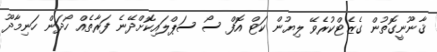
ޤާނޫނީގޮތުން ގެޒެޓްކުރެވޭ ލިޔުން ކަޓް އޮފް ސޯ ސަޕްލައިކޮށްދޭނެ ފަރާތެއް ހޯދަން ހަނިމާދޫ